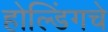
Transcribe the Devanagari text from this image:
होल्डिंगचे